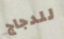
للدجاج